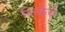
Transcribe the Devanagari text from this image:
क्षिकेचे